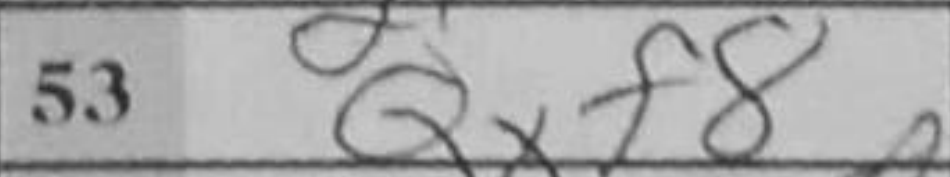
Transcription: Qxf8